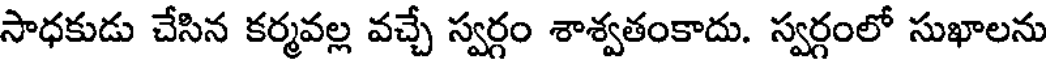
సాధకుడు చేసిన కర్మవల్ల వచ్చే స్వర్గం శాశ్వతంకాదు. స్వర్గంలో సుఖాలను